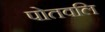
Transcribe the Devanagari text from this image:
पोतवलि